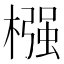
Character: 𣚦